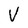
Character: V